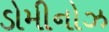
ડોમીનોઝ